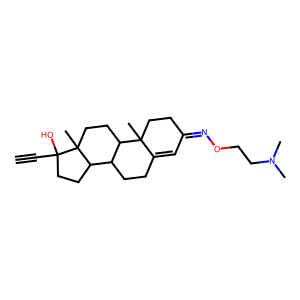
SMILES: C#CC1(O)CCC2C3CCC4=CC(=NOCCN(C)C)CCC4(C)C3CCC21C
Inhibits HIV replication: No